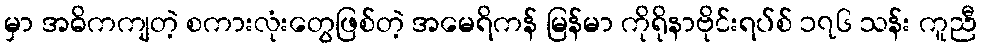
မှာ အဓိကကျတဲ့ စကားလုံးတွေဖြစ်တဲ့ အမေရိကန် မြန်မာ ကိုရိုနာဗိုင်းရပ်စ် ၁၇၆ သန်း ကူညီ